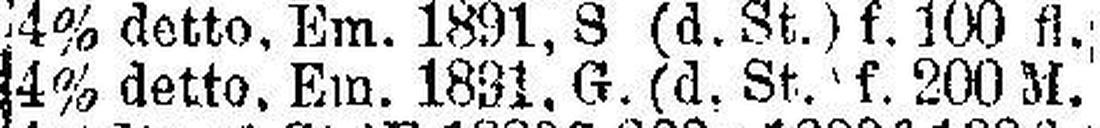
4% dett, Em. 1891, G. (d. St.) f. 200 M.